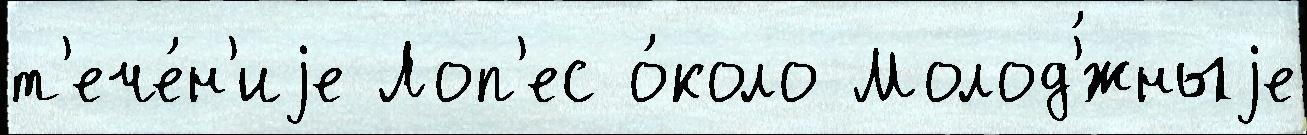
т'ече́н'иjе Лоп'ес о́коло Молод'́жныjе